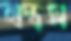
অস্ত্রস